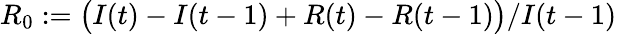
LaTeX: R_{0}:=\big(I(t)-I(t-1)+R(t)-R(t-1)\big)/I(t-1)